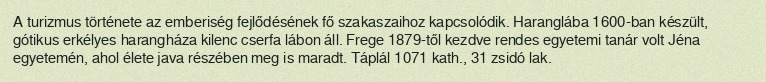
A turizmus története az emberiség fejlődésének fő szakaszaihoz kapcsolódik. Haranglába 1600-ban készült, gótikus erkélyes harangháza kilenc cserfa lábon áll. Frege 1879-től kezdve rendes egyetemi tanár volt Jéna egyetemén, ahol élete java részében meg is maradt. Táplál 1071 kath., 31 zsidó lak.